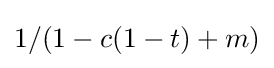
1/(1-c(1-t)+m)